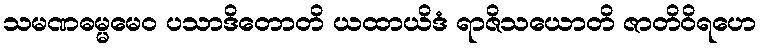
သမဏဓမ္မမေဝ ပသာဒိတောတိ ယထာယိဒံ ရာဇိသယောတိ ဇာတိဝိရဟေ